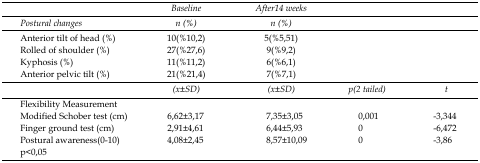
<table><thead><tr><td></td><td><b><i>Baseline</i></b></td><td><b><i>After14 weeks</i></b></td><td></td><td></td></tr><tr><td><b><i>Postural changes</i></b></td><td><b><i>n (%)</i></b></td><td><b><i>n (%)</i></b></td><td></td><td></td></tr></thead><tbody><tr><td>Anterior tilt of head (%)</td><td>10(%10,2)</td><td>5(%5,51)</td><td></td><td></td></tr><tr><td>Rolled of shoulder (%)</td><td>27(%27,6)</td><td>9(%9,2)</td><td></td><td></td></tr><tr><td>Kyphosis (%)</td><td>11(%11,2)</td><td>6(%6,1)</td><td></td><td></td></tr><tr><td>Anterior pelvic tilt (%)</td><td>21(%21,4)</td><td>7(%7,1)</td><td></td><td></td></tr><tr><td></td><td><i>(x±SD)</i></td><td><i>(x±SD)</i></td><td><i>p(2 tailed)</i></td><td><i>t</i></td></tr><tr><td>Flexibility Measurement</td><td></td><td></td><td></td><td></td></tr><tr><td>Modified Schober test (cm)</td><td>6,62±3,17</td><td>7,35±3,05</td><td>0,001</td><td>-3,344</td></tr><tr><td>Finger ground test (cm)</td><td>2,91±4,61</td><td>6,44±5,93</td><td>0</td><td>-6,472</td></tr><tr><td>Postural awareness(0-10)</td><td>4,08±2,45</td><td>8,57±10,09</td><td>0</td><td>-3,86</td></tr><tr><td>p&lt;0,05</td><td></td><td></td><td></td><td></td></tr></tbody></table>